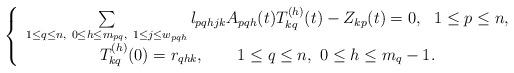
LaTeX: \begin{align*} \left\{ \begin{array}{c} \sum\limits_{1\leq q\leq n,\ 0\leq h\leq m_{pq},\ 1\leq j\leq w_{pqh}}l_{pqhjk}A_{pqh}(t)T_{kq}^{(h)}(t)-Z_{kp}(t)=0,\ \ 1\leq p\leq n,\\ T^{(h)}_{kq}(0)=r_{qhk},\ \ \ \ \ \ 1\leq q\leq n,\ 0\leq h\leq m_q-1. \end{array} \right. \end{align*}